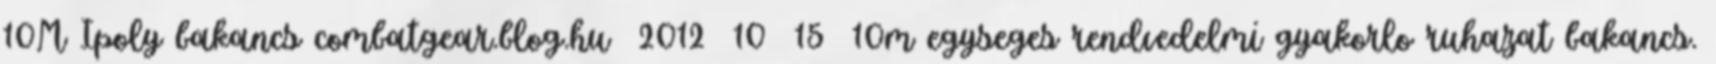
10M Ipoly bakancs combatgear.blog.hu 2012 10 15 10m egyseges rendvedelmi gyakorlo ruhazat bakancs.